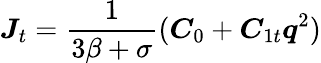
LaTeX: \boldsymbol J_{t}=\frac{1}{3\beta+\sigma}(\boldsymbol C_{0}+\boldsymbol C_{1t}\boldsymbol{q}^{2})